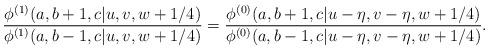
LaTeX: \begin{align*}\displaystyle{\frac{\phi^{(1)}(a,b+1,c|u,v,w+1/4)} {\phi^{(1)}(a,b-1,c|u,v,w+1/4)}} = \displaystyle{\frac{\phi^{(0)}(a,b+1,c|u-\eta,v-\eta,w+1/4)} {\phi^{(0)}(a,b-1,c|u-\eta,v-\eta,w+1/4)}}. \end{align*}